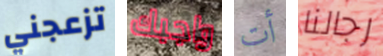
تزعجني واجبك أت رجالنا